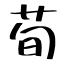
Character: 荀